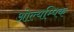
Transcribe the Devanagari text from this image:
ओल्यम्पिक